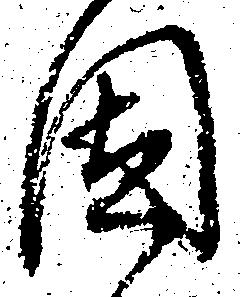
固